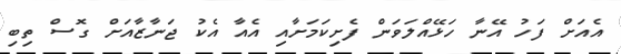
އެއަށް ފަހު އޭނާ ހަޅޭއްލަވަން ފެށިކަމަށާއި އެއާ އެކު ޖަނާޒާއަށް ގޮސް ތިބި